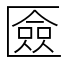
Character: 匳